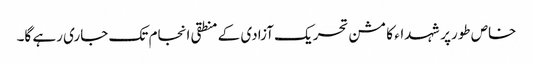
خاص طورپر شہداء کا مشن تحریک آزادی کے منطقی انجام تک جاری رہے گا۔